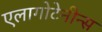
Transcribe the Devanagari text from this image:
एलागोटेनीन्स